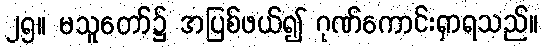
၂၅။ မသူတော်၌ အပြစ်ဖယ်၍ ဂုဏ်ကောင်းရှာရသည်။